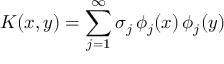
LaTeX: K ( x , y ) = \sum _ { j = 1 } ^ { \infty } \sigma _ { j } \, \phi _ { j } ( x ) \, \phi _ { j } ( y )